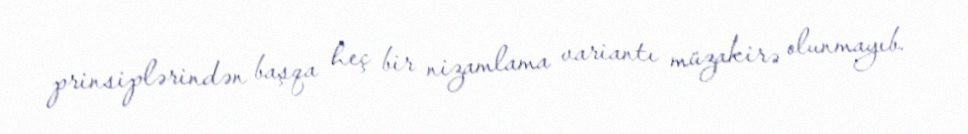
prinsiplərindən başqa heç bir nizamlama variantı müzakirə olunmayıb.